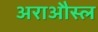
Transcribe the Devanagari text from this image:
अराऔस्ल